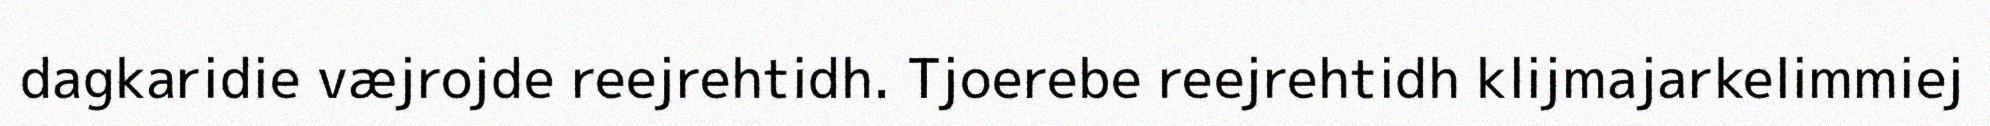
dagkaridie væjrojde reejrehtidh. Tjoerebe reejrehtidh klijmajarkelimmiej